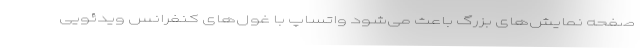
صفحه نمایش‌های بزرگ باعث می‌شود واتساپ با غول‌های کنفرانس ویدئویی